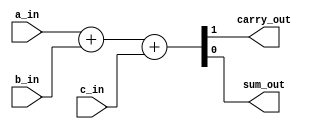
`timescale 1ns / 1ps
//////////////////////////////////////////////////////////////////////////////////
// Company: 
// Engineer: 
// 
// Design Name: 
// Module Name: lab78_full_adder_opt
// Project Name: 
// Target Devices: 
// Tool Versions: 
// Description: 
// 
// Dependencies: 
// 
// Revision:
// Revision 0.01 - File Created
// Additional Comments:
// 
//////////////////////////////////////////////////////////////////////////////////

`define INCLUDE_C

module lab78_full_adder_opt(
                input a_in , b_in , 
                `ifdef  INCLUDE_C
                input c_in ,                
                `endif
                output carry_out, sum_out
                 );

`ifdef INCLUDE_C

    assign { carry_out, sum_out } = a_in + b_in + c_in ;
`else 

    assign { carry_out, sum_out } = a_in + b_in;
    
`endif

endmodule